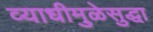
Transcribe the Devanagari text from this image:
व्याधीमुळेसुद्धा